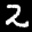
Label: 2